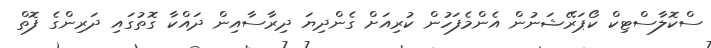
ސްކޮލާސްޓިކް ކޯޕަރޭޝަނުން އެންމެފަހުން ކުރިއަށް ގެންދިޔަ ދިރާސާއިން ދައްކާ ގޮތުގައި ދަރިންގެ ފޮތް